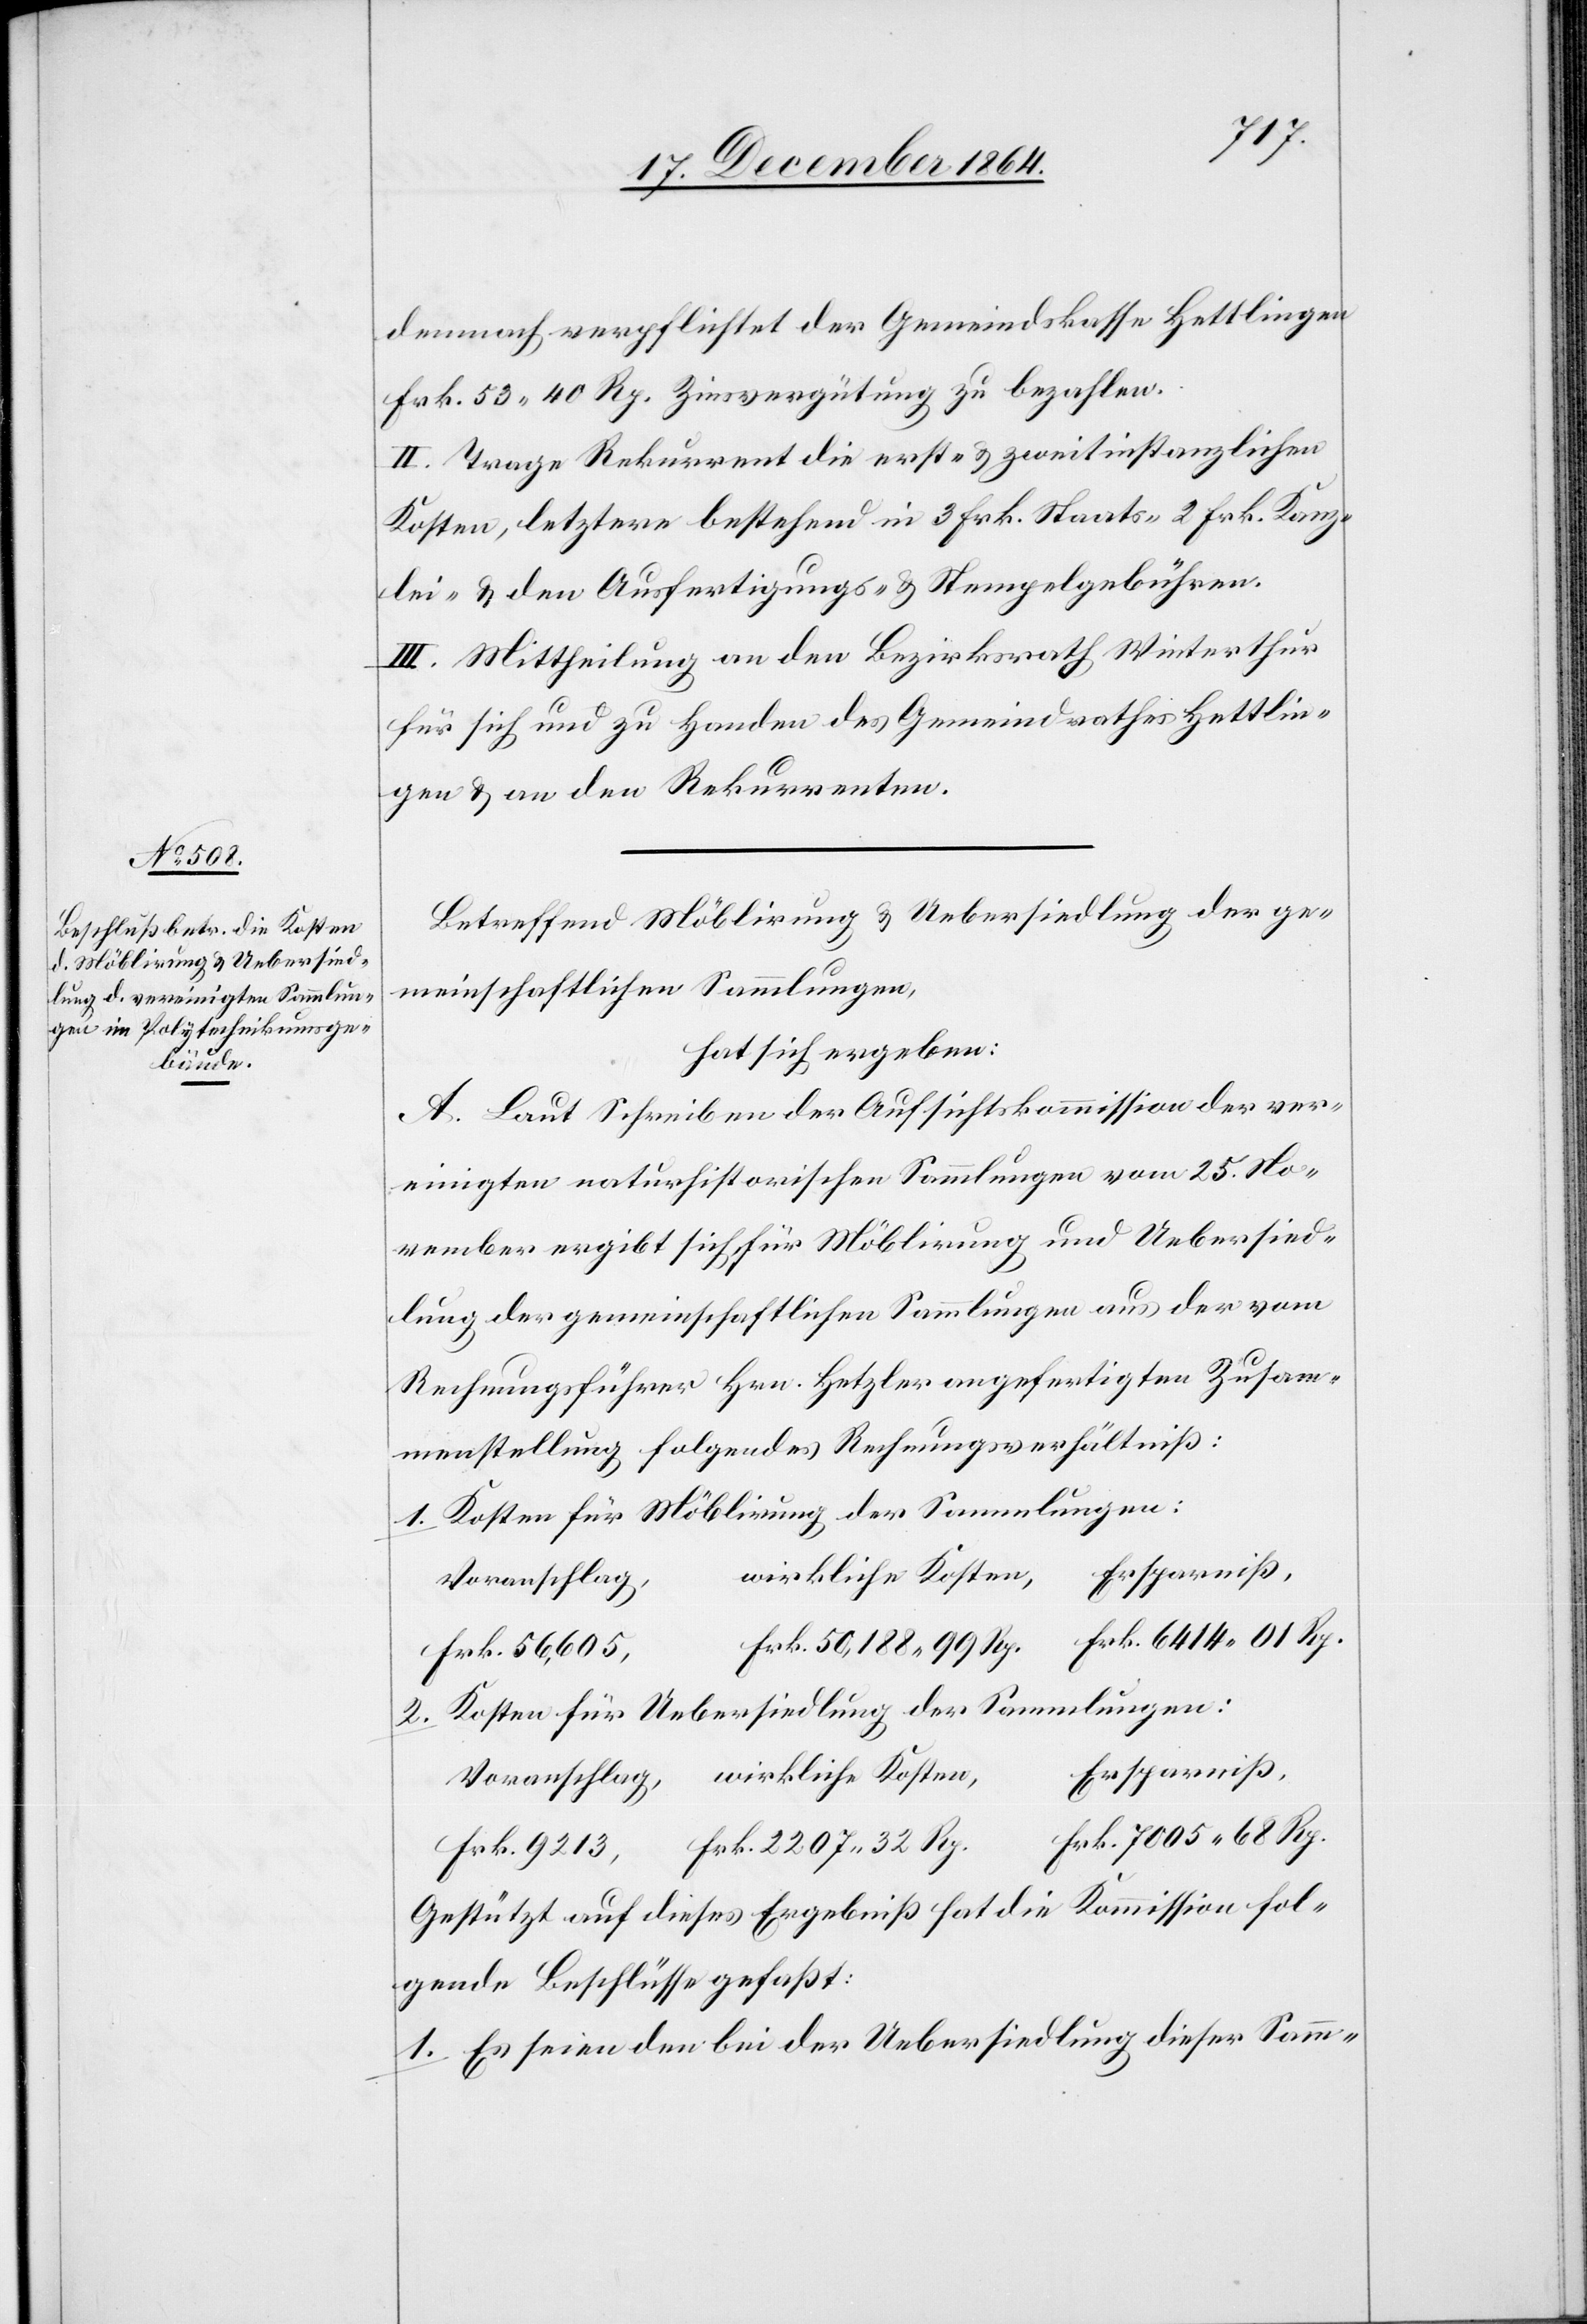
2.
demnach verpflichtet der Gemeindskasse Hettlingen
Frk. 50.40 Rp. Zinsvergütung zu bezahlen.
II. Trage Rekurrent die erst- & zweitinstanzlichen
Kosten, letztere bestehend in 3 Frk. Staats- 2 Frk. Kanz¬
lei- & den Ausfertigungs- & Stempelgebühren.
III. Mittheilung an den Bezirksrath Winterthur
für sich und zu Handen des Gemeindrathes Hettlin¬
gen & an den Rekurrenten.
Betreffend Möblirung & Uebersiedlung der ge¬
meinschaftlichen Sammlungen,
hat sich ergeben:
A. Laut Schreiben der Aufsichtskommission der ver¬
einigten naturwissenschaftlichen Sammlungen vom 25. No¬
vember ergibt sich für Möblirung und Uebersied¬
lung der gemeinschaftlichen Sammlungen aus der vom
Rechnungsführer Hrn. Hetzler angefertigten Zusam¬
menstellung folgendes Rechnungsverhältniß:
Kosten für Möblirung der Sammlungen:
Ersparniß,
wirkliche Kosten,
Voranschlag,
Frk. 6 414.01 Rp.
Frk. 2 207.32 Rp.
Frk. 56,605,
Kosten für Uebersiedlung der Sammlungen:
Frk. 7 005.68 Rp.
Gestützt auf dieses Ergebniß hat die Kommission fol¬
gende Beschlüsse gefaßt:
1. Es seien den bei der Uebersiedlung dieser Samm-